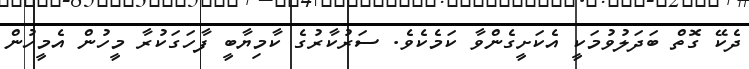
ދެކޭ ގޮތް ބަދަލުވުމަކީ އެކަށީގެންވާ ކަމެކެވެ. ސަރުކާރުގެ ކާމިޔާބީ ފާހަގަކުރާ މީހުން އެމީހުން